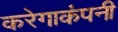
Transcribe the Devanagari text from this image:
करेगाकंपनी